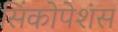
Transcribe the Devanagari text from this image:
सिंकोपेशंस